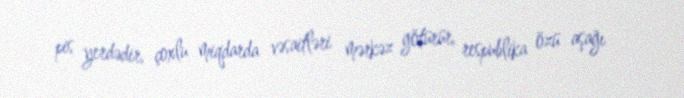
pis yerdədir, çoxlu miqdarda vəsaitləri mərkəz götürür, respublika özü aşağı